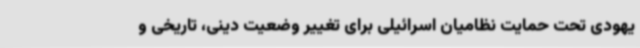
یهودی تحت حمایت نظامیان اسرائیلی برای تغییر وضعیت دینی، تاریخی و